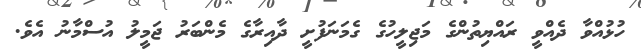
ހުޅުއްވާ ދެއްވީ ރައްޔިތުންގެ މަޖިލީހުގެ ގެމަނަފުށީ ދާއިރާގެ މެންބަރު ޖަމީލު އުސްމާނު އެވެ.